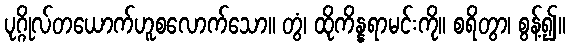
ပုဂ္ဂိုလ်တယောက်ဟူစလောက်သော။ တွံ၊ ထိုကိန္နရာမင်းကို။ စရိတွာ၊ စွန့်၍။